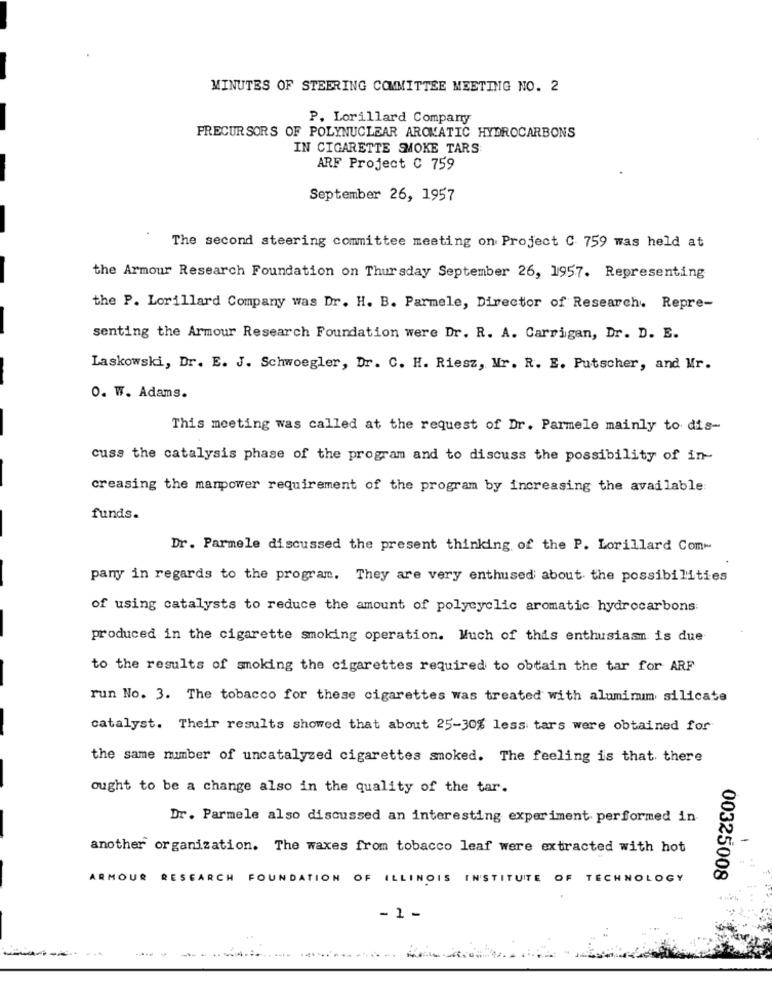
MINUTES OF STEERING COMMITTEE MEETING NO. 2
P. Lorillard Company
PRECUR SORS OF POLYNUCLEAR AROMATIC HYDROCARBONS
IN CIGARETTE SMOKE TARS
ARF Project C 759
September 26, 1957
The second steering committee meeting on Project C 759 was held at
the Armour Research Foundation on Thursday September 26, 1957. Representing
the P. Lorillard Company was Dr. H. B. Parmele, Director of Research. Repre-
senting the Armour Research Foundation were Dr. R. A. Carrigan, Dr. D. E.
Laskowski, Dr. E. J. Schwoegler, Dr. C. H. Riesz, Mr. R. E. Putscher, and Mr.
0. W. Adams.
This meeting was called at the request of Dr. Parmele mainly to dis-
cuss the catalysis phase of the program and to discuss the possibility of in-
creasing the manpower requirement of the program by increasing the available:
funds.
Dr. Parmele discussed the present thinking of the P. Lorillard Com-
pany in regards to the program. They are very enthused about the possibilities
of using catalysts to reduce the amount of polycyclic aromatic hydrocarbons
produced in the cigarette smoking operation. Much of this enthusiasm is due
to the results of smoking the cigarettes required to obtain the tar for ARF
run No. 3. The tobacco for these cigarettes was treated with aluminum silicate
catalyst. Their results showed that about 25-30% less tars were obtained for
the same number of uncatalyzed cigarettes smoked. The feeling is that. there
ought to be a change also in the quality of the tar.
Dr. Parmele also discussed an interesting experiment performed in
another organization. The waxes from tobacco leaf were extracted with hot
ARMOUR RESEARCH FOUNDATION OF ILLINOIS INSTITUTE OF TECHNOLOGY
00325008
- 1 -